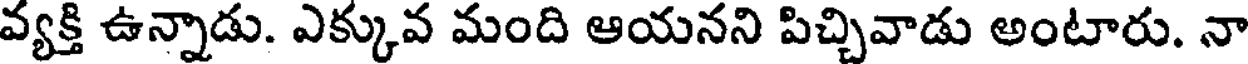
వ్యక్తి ఉన్నాడు. ఎక్కువ మంది ఆయనని పిచ్చివాడు అంటారు. నా